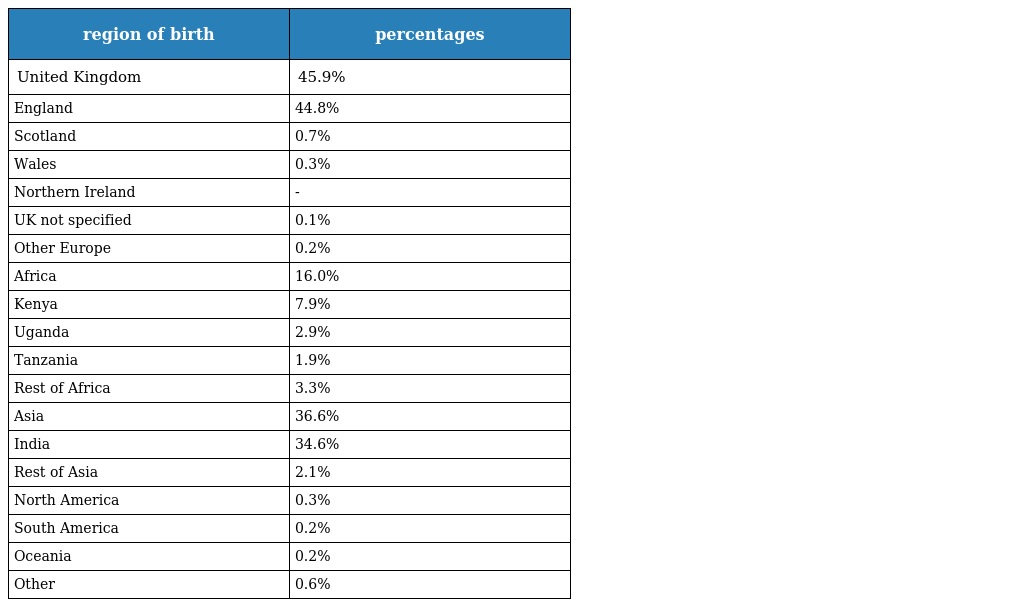
| region of birth | percentages |
 | --- | --- |
 | United Kingdom | 45.9% |
 | England | 44.8% |
 | Scotland | 0.7% |
 | Wales | 0.3% |
 | Northern Ireland | - |
 | UK not specified | 0.1% |
 | Other Europe | 0.2% |
 | Africa | 16.0% |
 | Kenya | 7.9% |
 | Uganda | 2.9% |
 | Tanzania | 1.9% |
 | Rest of Africa | 3.3% |
 | Asia | 36.6% |
 | India | 34.6% |
 | Rest of Asia | 2.1% |
 | North America | 0.3% |
 | South America | 0.2% |
 | Oceania | 0.2% |
 | Other | 0.6% |